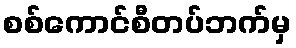
စစ်ကောင်စီတပ်ဘက်မှ